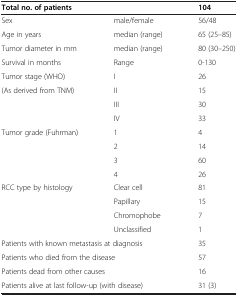
| <COLSPAN=2> Total no. of patients | 104 |
 | --- | --- | --- |
 | Sex | male/female | 56/48 |
 | Age in years | median (range) | 65 (25–85) |
 | Tumor diameter in mm | median (range) | 80 (30–250) |
 | Survival in months | Range | 0-130 |
 | Tumor stage (WHO) | I | 26 |
 | (As derived from TNM) | II | 15 |
 |  | III | 30 |
 |  | IV | 33 |
 | Tumor grade (Fuhrman) | 1 | 4 |
 |  | 2 | 14 |
 |  | 3 | 60 |
 |  | 4 | 26 |
 | RCC type by histology | Clear cell | 81 |
 |  | Papillary | 15 |
 |  | Chromophobe | 7 |
 |  | Unclassified | 1 |
 | <COLSPAN=2> Patients with known metastasis at diagnosis | 35 |
 | <COLSPAN=2> Patients who died from the disease | 57 |
 | <COLSPAN=2> Patients dead from other causes | 16 |
 | <COLSPAN=2> Patients alive at last follow-up (with disease) | 31 (3) |